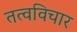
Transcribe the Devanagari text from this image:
तत्वविचार